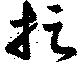
捉